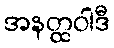
အနတ္ထဝါဒီ